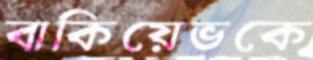
বাকিয়েভকে